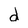
Character: d